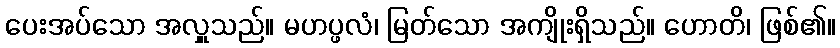
ပေးအပ်သော အလှူသည်။ မဟပ္ဖလံ၊ မြတ်သော အကျိုးရှိသည်။ ဟောတိ၊ ဖြစ်၏။